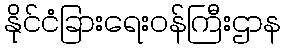
နိုင်ငံခြားရေးဝန်ကြီးဌာန